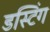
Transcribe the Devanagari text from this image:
डस्टिंग